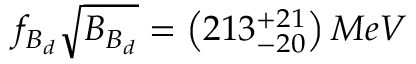
f _ { B _ { d } } \sqrt { B _ { B _ { d } } } = \left( 2 1 3 _ { - 2 0 } ^ { + 2 1 } \right) M e V